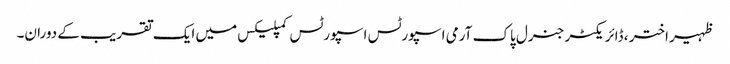
ظہیر اختر ، ڈائریکٹر جنرل پاک آرمی اسپورٹس اسپورٹس کمپلیکس میں ایک تقریب کے دوران۔